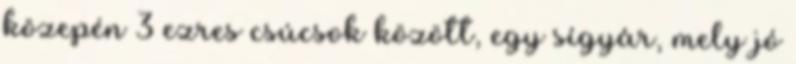
közepén 3 ezres csúcsok között, egy sígyár, mely jó